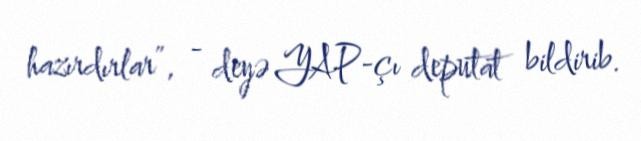
hazırdırlar”, - deyə YAP-çı deputat bildirib.